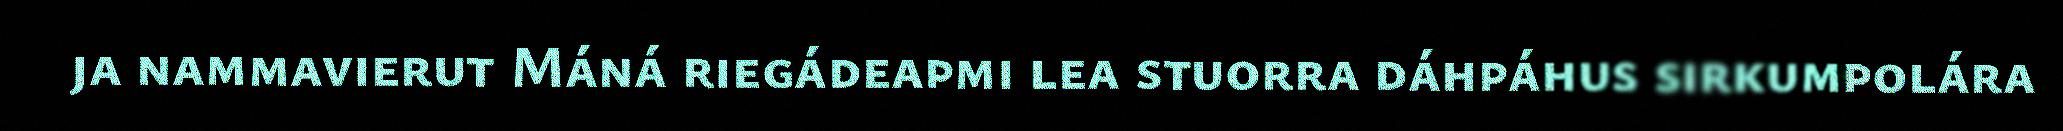
ja nammavierut Máná riegádeapmi lea stuorra dáhpáhus sirkumpolára